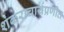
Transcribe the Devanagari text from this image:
शंकराचार्यप्रणीत